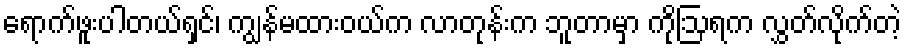
ရောက်ဖူးပါတယ်ရှင်၊ ကျွန်မထားဝယ်က လာတုန်းက ဘူတာမှာ ကိုဩရက လွှတ်လိုက်တဲ့